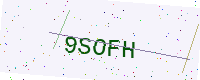
Text: 9SOFH